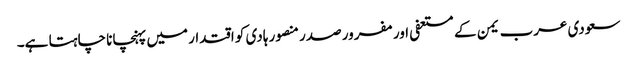
سعودی عرب یمن کے مستعفی اور مفرور صدر منصور ہادی کو اقتدار میں پہنچانا چاہتا ہے۔